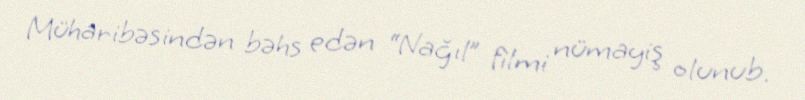
Müharibəsindən bəhs edən “Nağıl” filmi nümayiş olunub.